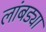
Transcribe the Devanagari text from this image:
लांबड्या